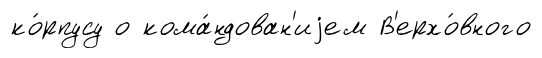
ко́рпусу о кома́ндован'иjем В'ерхо́вного